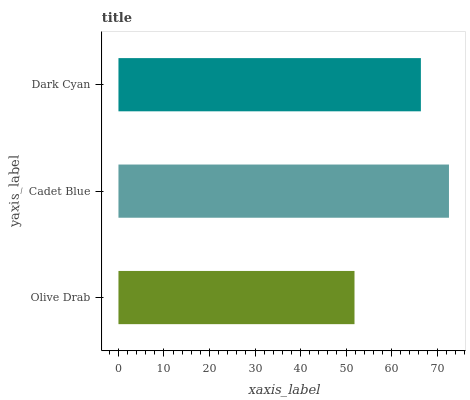
| yaxis_label | bars |
 | --- | --- |
 | Olive Drab | 51.9 |
 | Cadet Blue | 72.6 |
 | Dark Cyan | 66.4 |